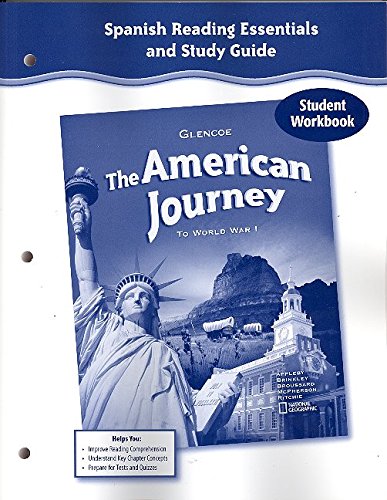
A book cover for The American Journey to World War 1, Spanish Reading Essentials and Study Guide, Workbook; McGraw-Hill Education; History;